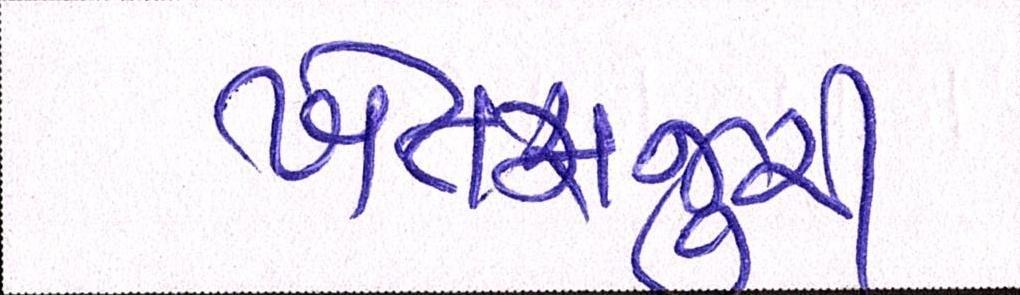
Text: ખેતમજુરી